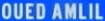
OUEDAMLIL